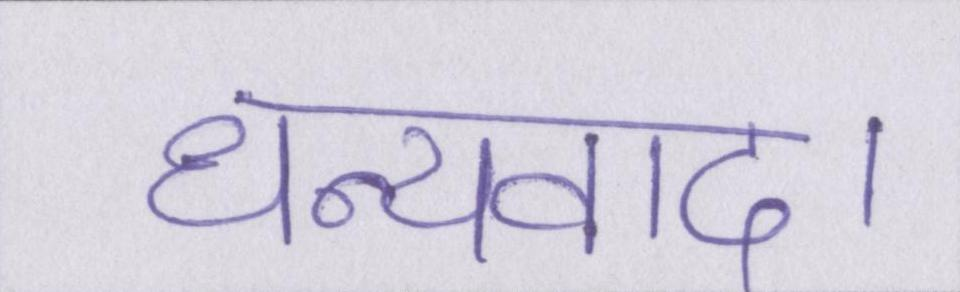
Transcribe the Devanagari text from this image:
धन्यवाद।